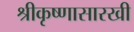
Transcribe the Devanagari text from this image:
श्रीकृष्णासारखी